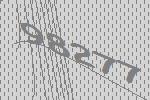
98277